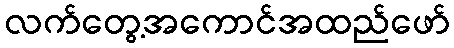
လက်တွေ့အကောင်အထည်ဖော်